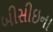
બીસીઇના